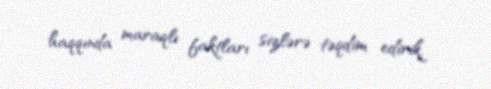
haqqında maraqlı faktları sizlərə təqdim edirik.